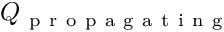
Q _ { \mathrm { ~ p ~ r ~ o ~ p ~ a ~ g ~ a ~ t ~ i ~ n ~ g ~ } }